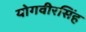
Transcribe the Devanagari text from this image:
योगवीरसिंह